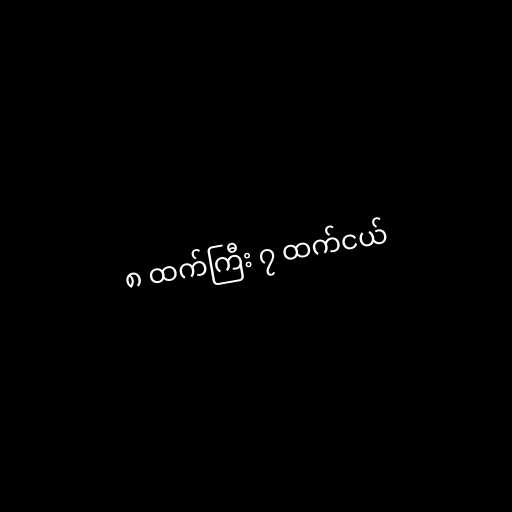
၈ ထက်ကြီး ၇ ထက်ငယ်